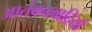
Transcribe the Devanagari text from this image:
आतंकदवादियों